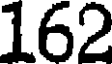
162